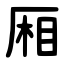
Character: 厢